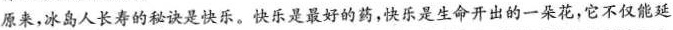
原来，冰岛人长寿的秘诀是快乐。快乐是最好的药，快乐是生命开出的一朵花，它不仅能延